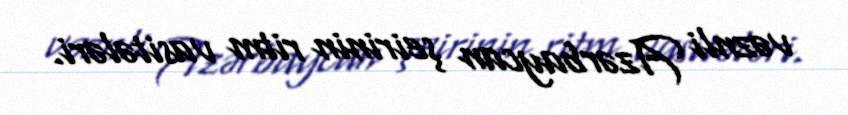
vəznli Azərbaycan şeirinin ritm vasitələri.